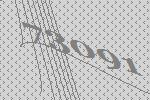
73091